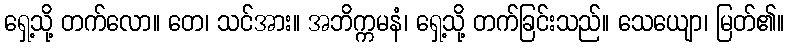
ရှေ့သို့ တက်လော။ တေ၊ သင်အား။ အဘိက္ကမနံ၊ ရှေ့သို့ တက်ခြင်းသည်။ သေယျော၊ မြတ်၏။